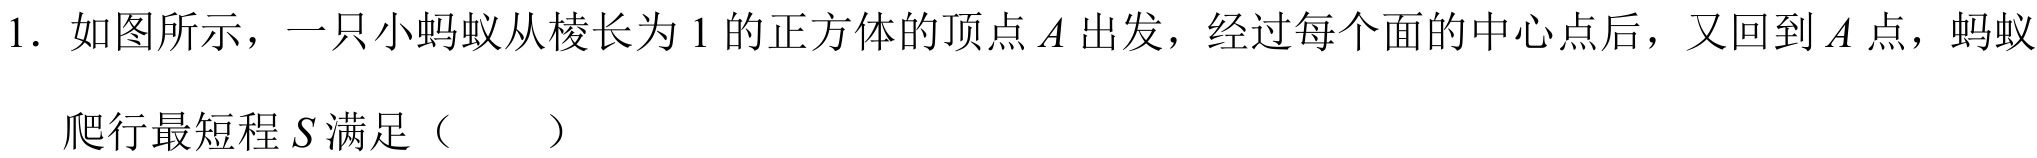
1. 如图所示，一只小蚂蚁从棱长为 1 的正方体的顶点 \(A\) 出发，经过每个面的中心点后，又回到 \(A\) 点，蚂蚁
爬行最短程 \(S\) 满足（  ）